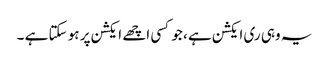
یہ وہی ری ایکشن ہے ، جو کسی اچھے ایکشن پر ہو سکتا ہے ۔